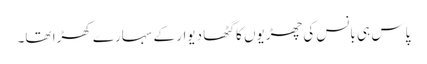
پاس ہی بانس کی چھڑیوں کا گٹھا دیوار کے سہارے کھڑا تھا۔